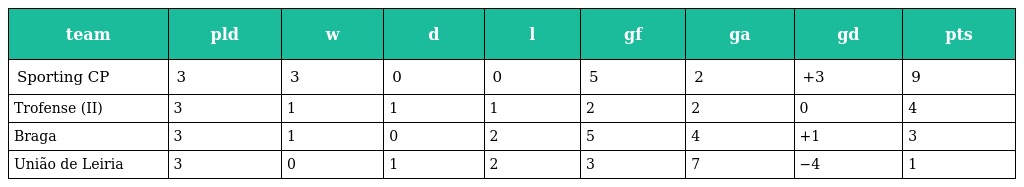
| team | pld | w | d | l | gf | ga | gd | pts |
 | --- | --- | --- | --- | --- | --- | --- | --- | --- |
 | Sporting CP | 3 | 3 | 0 | 0 | 5 | 2 | +3 | 9 |
 | Trofense (II) | 3 | 1 | 1 | 1 | 2 | 2 | 0 | 4 |
 | Braga | 3 | 1 | 0 | 2 | 5 | 4 | +1 | 3 |
 | União de Leiria | 3 | 0 | 1 | 2 | 3 | 7 | −4 | 1 |